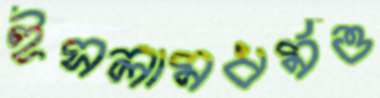
ইসলামধর্মও